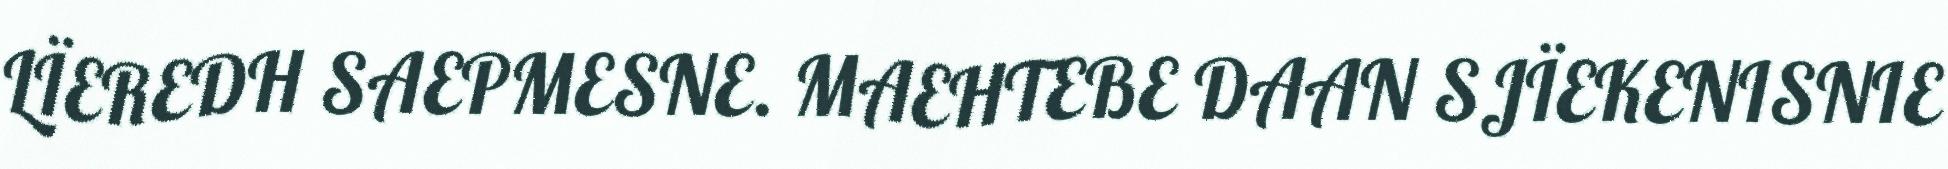
LÏEREDH SAEPMESNE. MAEHTEBE DAAN SJÏEKENISNIE